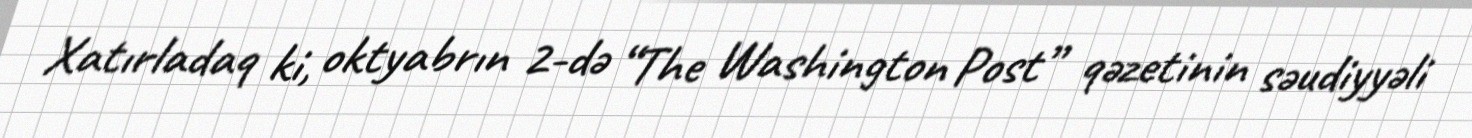
Xatırladaq ki, oktyabrın 2-də “The Washington Post” qəzetinin səudiyyəli